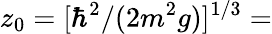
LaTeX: z_{0}=[\hbar^{2}/(2m^{2}g)]^{1/3}=